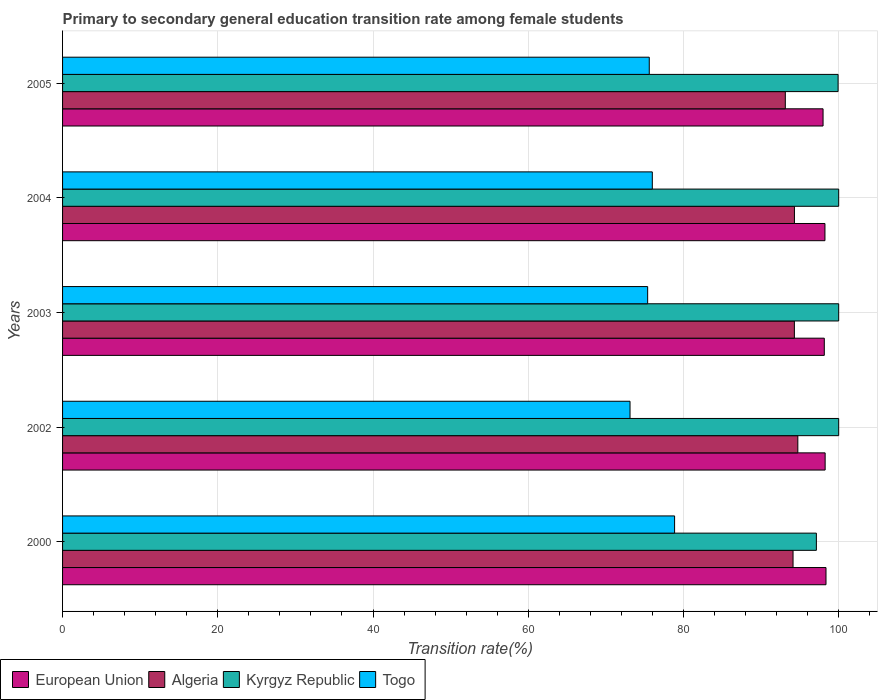
| Years | European Union | Algeria | Kyrgyz Republic | Togo |
 | --- | --- | --- | --- | --- |
 | 2000 | 98.4 | 94.1 | 97.1 | 78.9 |
 | 2002 | 98.3 | 94.7 | 100 | 73.1 |
 | 2003 | 98.1 | 94.3 | 100 | 75.4 |
 | 2004 | 98.2 | 94.3 | 100 | 76 |
 | 2005 | 98 | 93.1 | 99.9 | 75.6 |